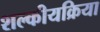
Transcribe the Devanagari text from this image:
शल्कीयक्रिया